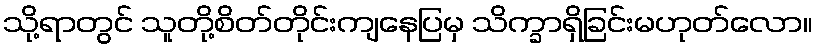
သို့ရာတွင် သူတို့စိတ်တိုင်းကျနေပြမှ သိက္ခာရှိခြင်းမဟုတ်လော။